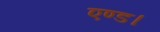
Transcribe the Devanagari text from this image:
एण्ड।